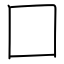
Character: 囗